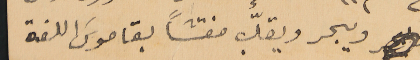
ويبحر ويقلّب مفتشًا بقاموسَ اللغة